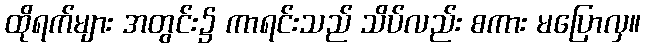
ထိုရက်များ အတွင်း၌ ကာရင်းသည် သိပ်လည်း စကား မပြောလှ။